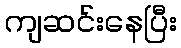
ကျဆင်းနေပြီး